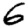
Digit: 6